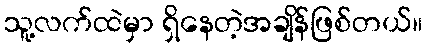
သူ့လက်ထဲမှာ ရှိနေတဲ့အချိန်ဖြစ်တယ်။